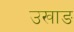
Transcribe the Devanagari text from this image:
उखाङ